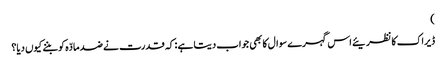
)
ڈیراک کا نظریئے اس گہرے سوال کا بھی جواب دیتا ہے : کہ قدرت نے ضد مادّہ کو بننے کیوں دیا؟